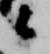
々